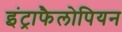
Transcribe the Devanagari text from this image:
इंट्राफैलोपियन